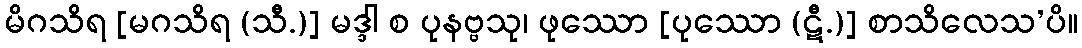
မိဂသိရ [မဂသိရ (သီ.)] မဒ္ဒါ စ ပုနဗ္ဗသု၊ ဖုဿော [ပုဿော (ဋီ.)] စာသိလေသ’ပိ။